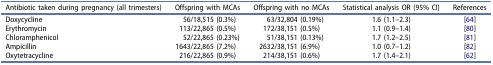
| Antibiotic taken during pregnancy (all trimesters) | Offspring with MCAs | Offspring with no MCAs | Statistical analysis OR (95% CI) | References |
 | --- | --- | --- | --- | --- |
 | Doxycycline | 56/18,515 (0.3%) | 63/32,804 (0.19%) | 1.6 (1.1–2.3) | [64] |
 | Erythromycin | 113/22,865 (0.5%) | 172/38,151 (0.5%) | 1.1 (0.9–1.4) | [80] |
 | Chloramphenicol | 52/22,865 (0.23%) | 51/38,151 (0.13%) | 1.7 (1.2–2.5) | [81] |
 | Ampicillin | 1643/22,865 (7.2%) | 2632/38,151 (6.9%) | 1.0 (0.7–1.2) | [82] |
 | Oxytetracycline | 216/22,865 (0.9%) | 214/38,151 (0.6%) | 1.7 (1.4–2.1) | [62] |